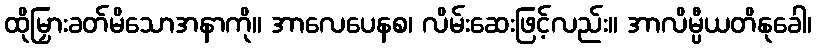
ထိုမြှားခတ်မိသောအနာကို။ အာလေပေနစ၊ လိမ်းဆေးဖြင့်လည်း။ အာလိမ္ပီယတိနုခေါ၊